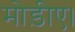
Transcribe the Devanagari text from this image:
मोड़ीए।